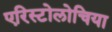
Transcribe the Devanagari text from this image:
एरिस्टोलोचिया